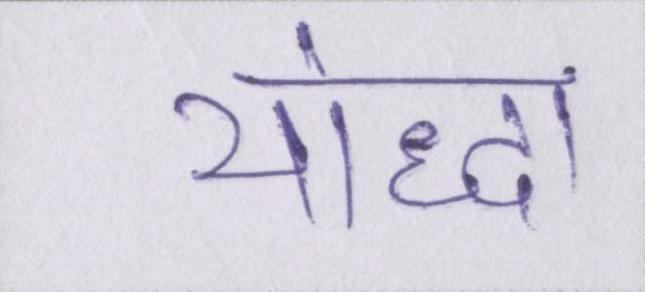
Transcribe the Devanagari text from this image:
योद्धा